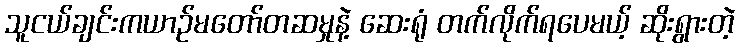
သူငယ်ချင်းကယာဉ်မတော်တဆမှုနဲ့ ဆေးရုံ တက်လိုက်ရပေမယ့် ဆိုးရွားတဲ့